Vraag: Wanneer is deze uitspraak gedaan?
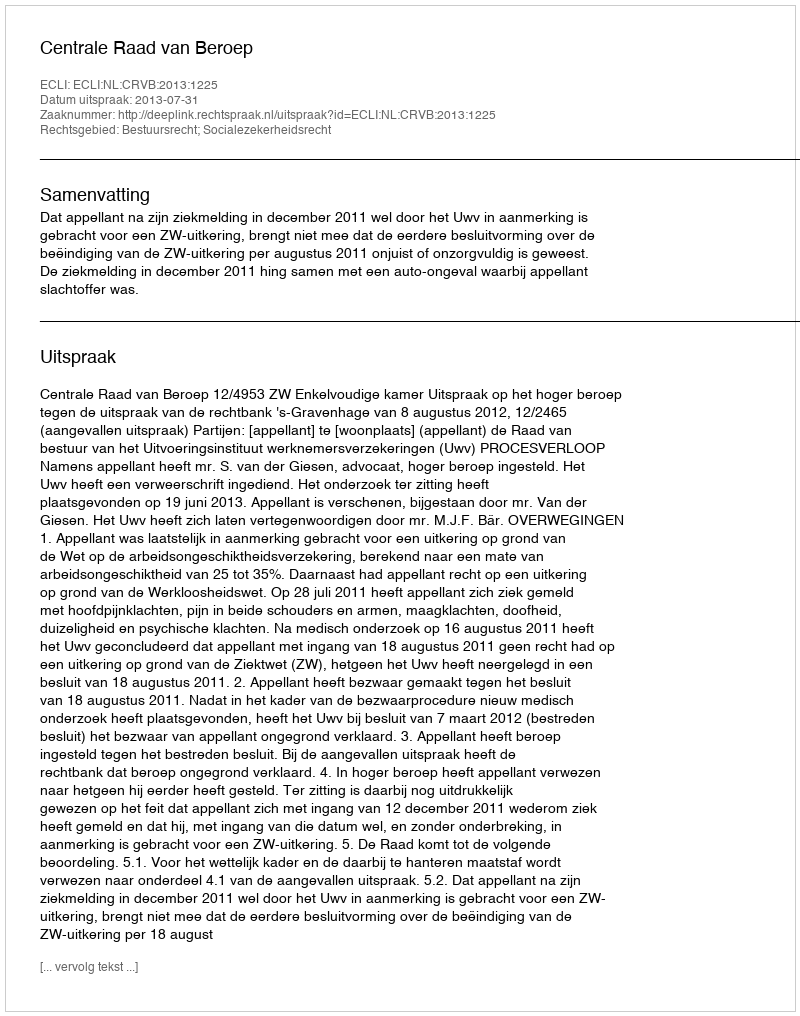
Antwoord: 2013-07-31